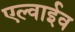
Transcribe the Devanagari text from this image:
एल्वाईव